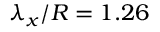
\lambda _ { x } / R = 1 . 2 6